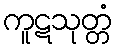
ကူဋသုတ္တံ